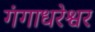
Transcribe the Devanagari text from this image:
गंगाधरेश्वर